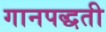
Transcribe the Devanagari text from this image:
गानपद्धती